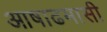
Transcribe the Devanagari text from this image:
आषाढमासी